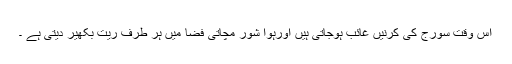
اس وقت سورج کی کرنیں غائب ہوجاتی ہیں اورہوا شور مچاتی فضا میں ہر طرف ریت بکھیر دیتی ہے ۔